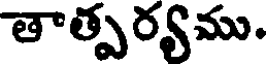
తాత్పర్యము.